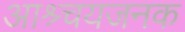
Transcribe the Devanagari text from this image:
आश्र्चयजनक